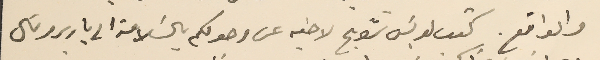
والواقع. كتب لويسَ شويح لاخيه عن وصولكم بالسَلامة الى باريس وقال